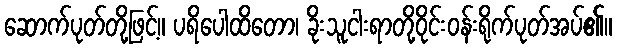
ဆောက်ပုတ်တို့ဖြင့်။ ပရိပေါထိတော၊ ခိုးသူငါးရာတို့ဝိုင်းဝန်းရိုက်ပုတ်အပ်၏။